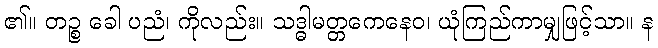
၏။ တဉ္စ ခေါ ပညံ၊ ကိုလည်း။ သဒ္ဓါမတ္တကေနေဝ၊ ယုံကြည်ကာမျှဖြင့်သာ။ န